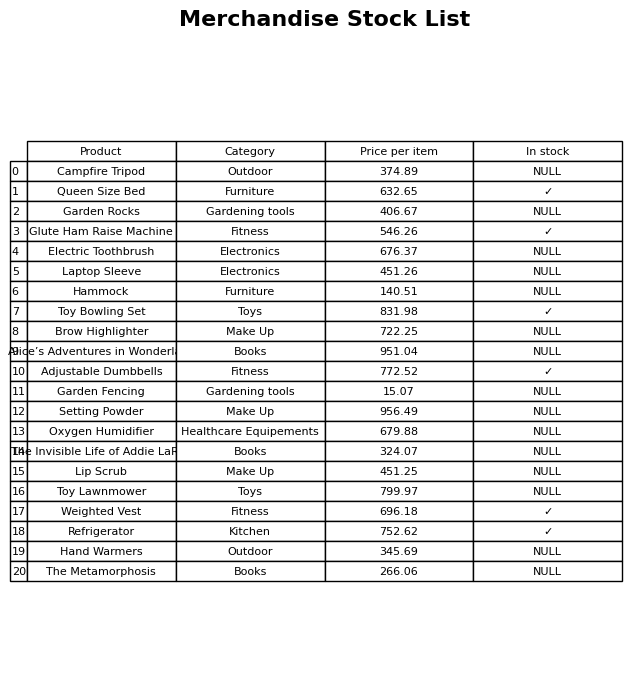
question: What is the price for Oxygen Humidifier?
answer: The price of Oxygen Humidifier is 679.88.